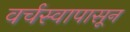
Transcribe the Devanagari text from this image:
वर्चस्वापासून